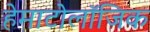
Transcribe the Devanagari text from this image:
हेमाटोलॉजिक